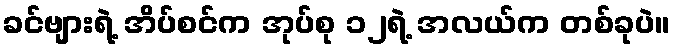
ခင်ဗျားရဲ့ အိပ်စင်က အုပ်စု ၁၂ရဲ့ အလယ်က တစ်ခုပဲ။